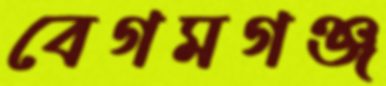
বেগমগঞ্জ